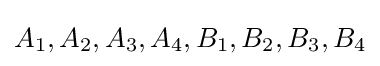
A_{1},A_{2},A_{3},A_{4},B_{1},B_{2},B_{3},B_{4}